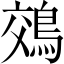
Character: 鵁